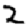
Digit: 2